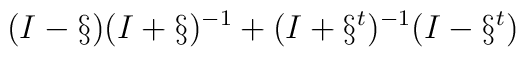
(I-\S )(I+\S )^{-1}+(I+\S^t)^{-1}(I-\S^t)